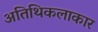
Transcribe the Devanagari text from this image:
अतिथिकलाकार